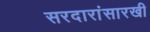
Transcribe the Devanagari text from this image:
सरदारांसारखी